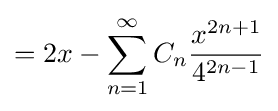
=2x-\sum _{n=1}^{\infty }C_{n}{\frac {x^{2n+1}}{4^{2n-1}}}